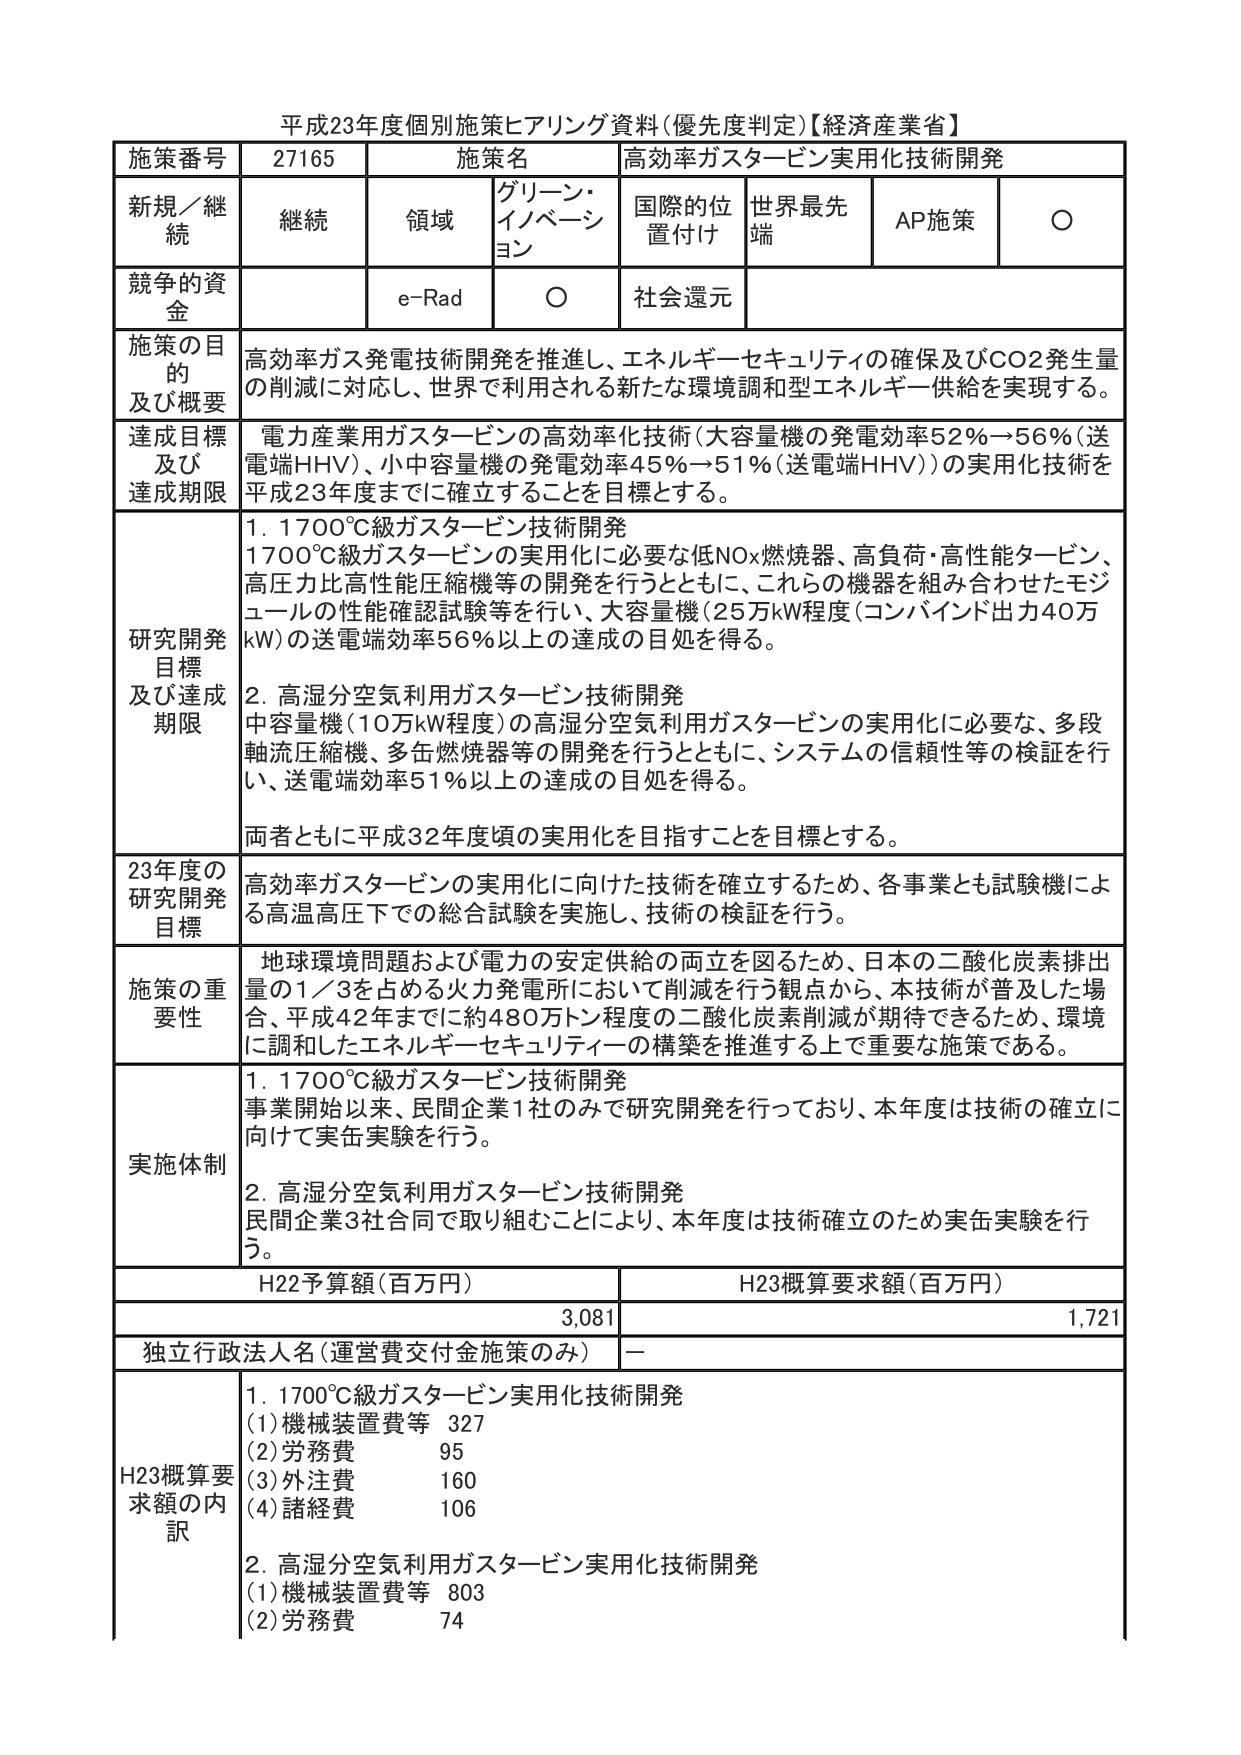
平成23年度個別施策ヒアリング資料(優先度判定)【経済産業省】

施策番号 27165 施策名 高効率ガスタービン実用化技術開発
新規／継続 継続 領域 グリーン・イノベーション 国際的位置付け 世界最先端 AP施策 ○
競争的資金 e-Rad ○ 社会還元

施策の目的及び概要 高効率ガス発電技術開発を推進し、エネルギー セキュリティの確保及びCO2発生量の削減に対応し、世界で利用される新たな環境調和型エネルギー供給を実現する。

達成目標及び達成期限 電力産業用ガスタービンの高効率化技術（大容量機の発電効率52％→56％（送電端HHV）、小中容量機の発電効率45％→51％（送電端HHV））の実用化技術を平成23年度までに確立することを目標とする。

研究開発目標及び達成期限 1. 1700℃級ガスタービン技術開発
1700℃級ガスタービンの実用化に必要な低NOx燃焼器、高負荷・高性能タービン、高圧力比高性能圧縮機等の開発を行うとともに、これらの機器を組み合わせたモジュールの性能確認試験等を行い、大容量機（25万kW程度（コンバインド出力40万kW））の送電端効率56％以上の達成の目処を得る。

2. 高湿分空気利用ガスタービン技術開発
中容量機（10万kW程度）の高湿分空気利用ガスタービンの実用化に必要な、多段軸流圧縮機、多缶燃焼器等の開発を行うとともに、システムの信頼性等の検証を行い、送電端効率51％以上の達成の目処を得る。

両者ともに平成32年度頃の実用化を目指すことを目標とする。

23年度の研究開発目標 高効率ガスタービンの実用化に向けた技術を確立するため、各事業とも試験機による高温高圧下での総合試験を実施し、技術の検証を行う。

施策の重要性 地球環境問題および電力の安定供給の両立を図るため、日本の二酸化炭素排出量の1／3を占める火力発電所において削減を行う観点から、本技術が普及した場合、平成42年までに約480万トン程度の二酸化炭素削減が期待できるため、環境に調和したエネルギー セキュリティの構築を推進する上で重要な施策である。

実施体制 1. 1700℃級ガスタービン技術開発
事業開始以来、民間企業1社のみで研究開発を行っており、本年度は技術の確立に向けて実缶実験を行う。

2. 高湿分空気利用ガスタービン技術開発
民間企業3社合同で取り組むことにより、本年度は技術確立のため実缶実験を行う。

H22予算額（百万円） 3,081 H23概算要求額（百万円） 1,721
独立行政法人名（運営費交付金施策のみ） －

H23概算要求額の内訳 1. 1700℃級ガスタービン実用化技術開発
(1) 機械装置費等 327
(2) 労務費 95
(3) 外注費 160
(4) 諸経費 106

2. 高湿分空気利用ガスタービン実用化技術開発
(1) 機械装置費等 803
(2) 労務費 74